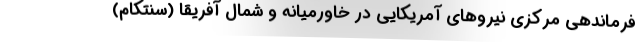
فرماندهی مرکزی نیروهای آمریکایی در خاورمیانه و شمال آفریقا (سنتکام)